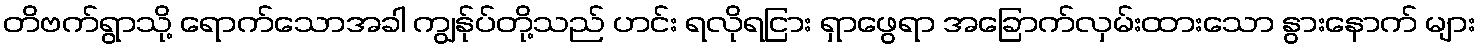
တိဗက်ရွာသို့ ရောက်သောအခါ ကျွန်ုပ်တို့သည် ဟင်း ရလိုရငြား ရှာဖွေရာ အခြောက်လှမ်းထားသော နွားနောက် များ